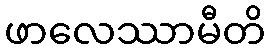
ဖာလေဿာမီတိ